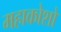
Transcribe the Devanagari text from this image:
महाकोशो